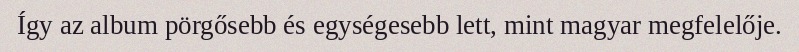
Így az album pörgősebb és egységesebb lett, mint magyar megfelelője.